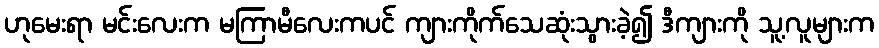
ဟုမေးရာ မင်းလေးက မကြာမီလေးကပင် ကျားကိုက်သေဆုံးသွားခဲ့၍ ဒီကျားကို သူ့လူများက